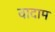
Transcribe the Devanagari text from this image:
वादाम